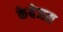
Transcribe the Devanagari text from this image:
केबेजस